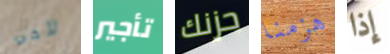
لأخي تأجير حزنك هزمنا إذا